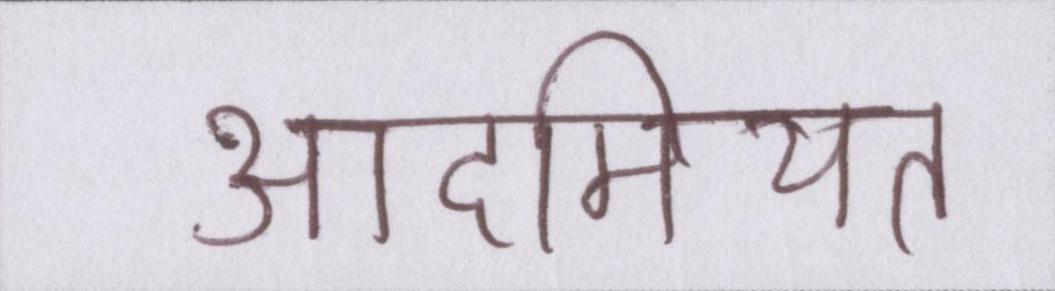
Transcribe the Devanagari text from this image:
आदमियत